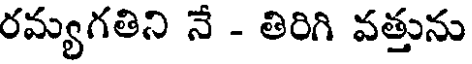
రమ్యగతిని నే - తిరిగి వత్తును